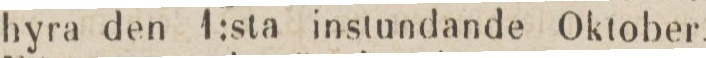
hyra den 1:sta instundande Oktober.